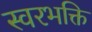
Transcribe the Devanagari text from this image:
स्वरभक्ति